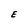
Character: E